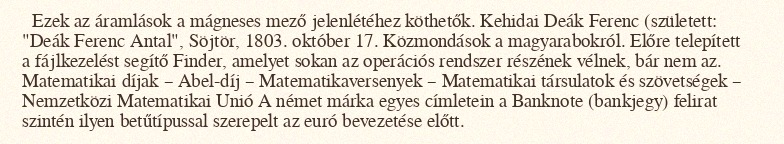
Ezek az áramlások a mágneses mező jelenlétéhez köthetők. Kehidai Deák Ferenc (született: "Deák Ferenc Antal", Söjtör, 1803. október 17. Közmondások a magyarabokról. Előre telepített a fájlkezelést segítő Finder, amelyet sokan az operációs rendszer részének vélnek, bár nem az. Matematikai díjak – Abel-díj – Matematikaversenyek – Matematikai társulatok és szövetségek – Nemzetközi Matematikai Unió A német márka egyes címletein a Banknote (bankjegy) felirat szintén ilyen betűtípussal szerepelt az euró bevezetése előtt.